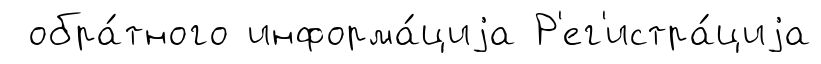
обра́тного информа́циjа Р'ег'истра́циjа